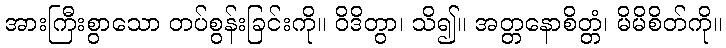
အားကြီးစွာသော တပ်စွန်းခြင်းကို။ ဝိဒိတွာ၊ သိ၍။ အတ္တနောစိတ္တံ၊ မိမိစိတ်ကို။